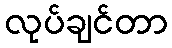
လုပ်ချင်တာ